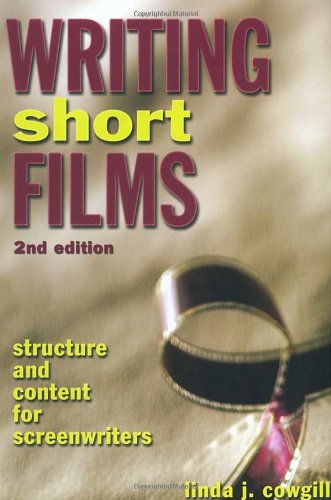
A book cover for Writing Short Films: Structure and Content for Screenwriters; Linda J. Cowgill; Humor & Entertainment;